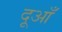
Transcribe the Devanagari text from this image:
दूआँ